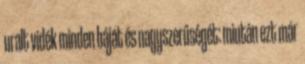
uralt vidék minden báját és nagyszerűségét: miután ezt már